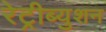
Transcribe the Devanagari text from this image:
रेट्रीब्युशन